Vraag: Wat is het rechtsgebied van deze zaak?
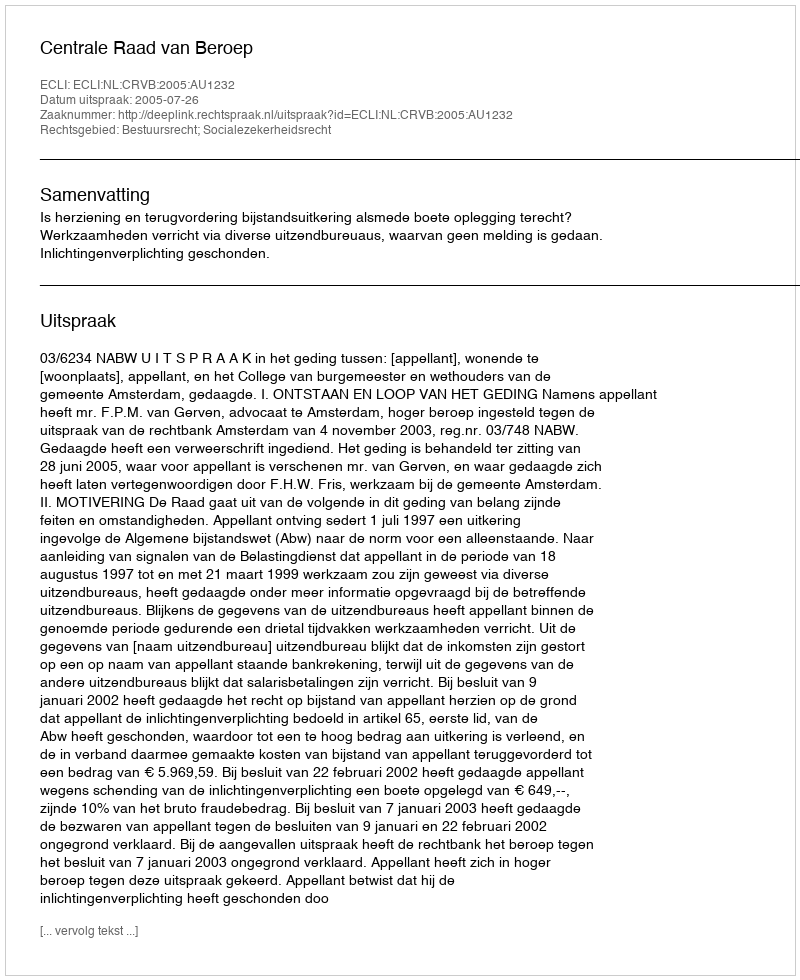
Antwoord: Bestuursrecht; Socialezekerheidsrecht